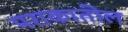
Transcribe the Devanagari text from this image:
पराकातील